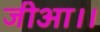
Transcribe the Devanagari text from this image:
जीआ।।